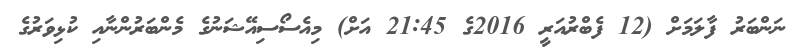
ނަންބަރު ފާލަމަށް (12 ފެބްރުއަރީ 2016ގެ 21:45 އަށް) މިއެސޯސިއޭޝަނުގެ މެންބަރުންނާއި ކުޅިވަރުގެ